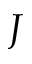
\boldsymbol { J }